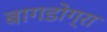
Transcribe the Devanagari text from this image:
बागडोग्रा